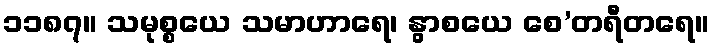
၁၁၈၇။ သမုစ္စယေ သမာဟာရေ၊ နွာစယေ စေ’တရီတရေ။